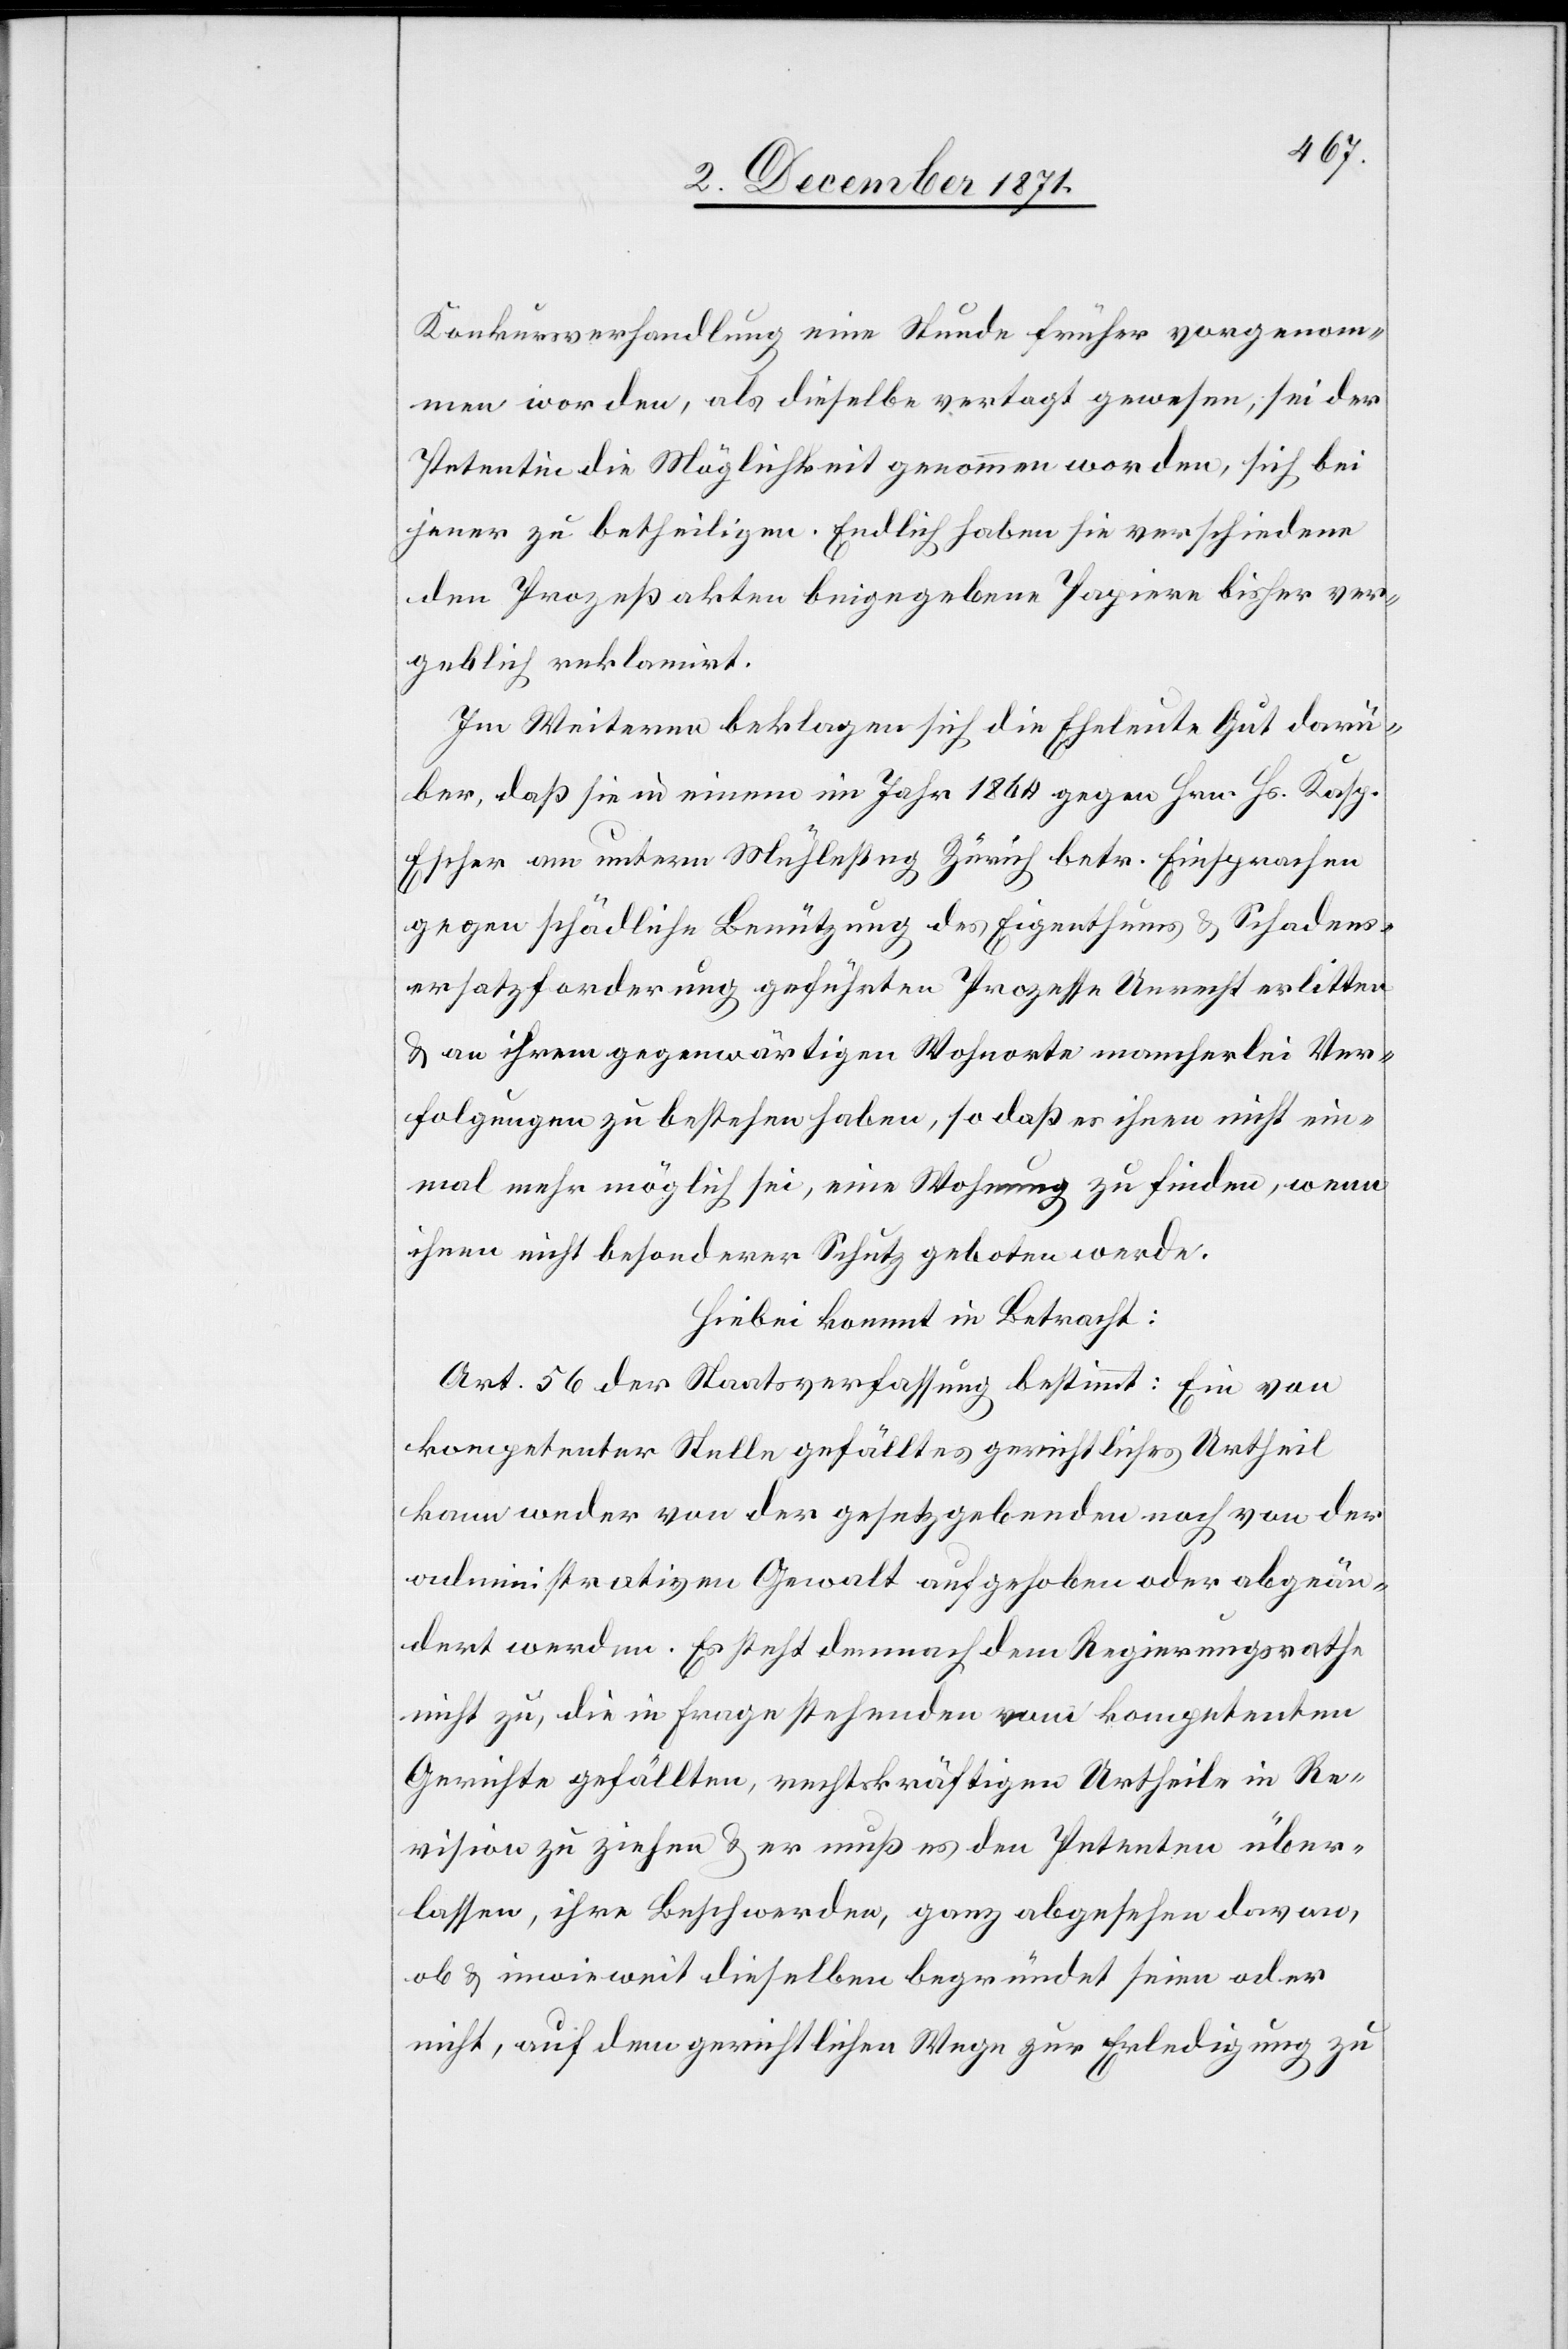
Konkursverhandlung eine Stunde früher vorgenom¬
men worden, als dieselbe vertagt gewesen, sei der
Petentin die Möglichkeit genommen worden, sich bei
jener zu betheiligen. Endlich haben sie verschieden¬
e Prozessakten beigegebene Papiere bisher ver¬
geblich reklamirt.
Im Weiteren beklagen sich die Eheleute Gut darü¬
ber, daß sie in einem im Jahr 1864 gegen Hrn. Hs. Kasp.
Escher am unterm Mühlesteg Zürich betr. Einsprachen
gegen schädliche Benützung des Eigenthums & Schadens¬
ersatzforderung geführten Prozesse Unrecht erlitten
& an ihrem gegenwärtigen Wohnorte mancherlei Ver¬
folgungen zu bestehen haben, so daß es ihnen nicht ein¬
mal mehr möglich sei, eine Wohnung zu finden, wenn
ihnen nicht besonderer Schutz geboten werde.
Hiebei kommt in Betracht:
Art. 56 der Staatsverfassung bestimmt: Ein von
kompetenter Stelle gefälltes gerichtliches Urtheil
kann weder von der gesetzgebenden noch von der
administrativen Gewalt aufgehoben oder abgeän¬
dert werden. Es steht demnach dem Regierungsrathe
nicht zu, die in Frage stehenden vom kompetenten
Gerichte gefällten, rechtskräftigen Urtheile in Re¬
vision zu ziehen & er muß es den Petenten über¬
lassen, ihre Beschwerden, ganz abgesehen davon,
ob & inwieweit dieselben begründet seien oder
nicht, auf dem gerichtlichen Wege zur Erledigung zu